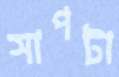
সাপটা